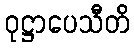
ဝုဋ္ဌာပေသီတိ